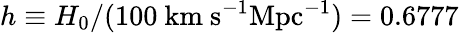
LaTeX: h\equiv H_{0}/(100~\mathrm{km~s^{-1}Mpc^{-1}})=0.6777